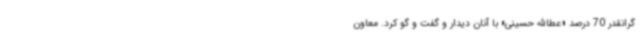
گرانقدر 70 درصد «عطاالله حسینی» با آنان دیدار و گفت و گو کرد. معاون